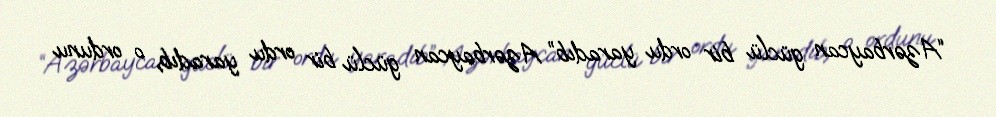
“Azərbaycan güclü bir ordu yaradıb” Azərbaycan güclü bir ordu yaradıb, o ordunu